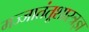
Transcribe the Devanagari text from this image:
मज्जातंतूशास्त्रज्ञ